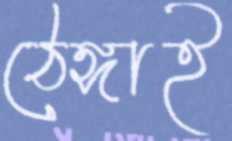
ঠেঙ্গাই